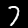
Digit: 7